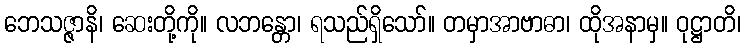
ဘေသဇ္ဇာနိ၊ ဆေးတို့ကို။ လဘန္တော၊ ရသည်ရှိသော်။ တမှာအာဗာဓာ၊ ထိုအနာမှ။ ဝုဋ္ဌာတိ၊